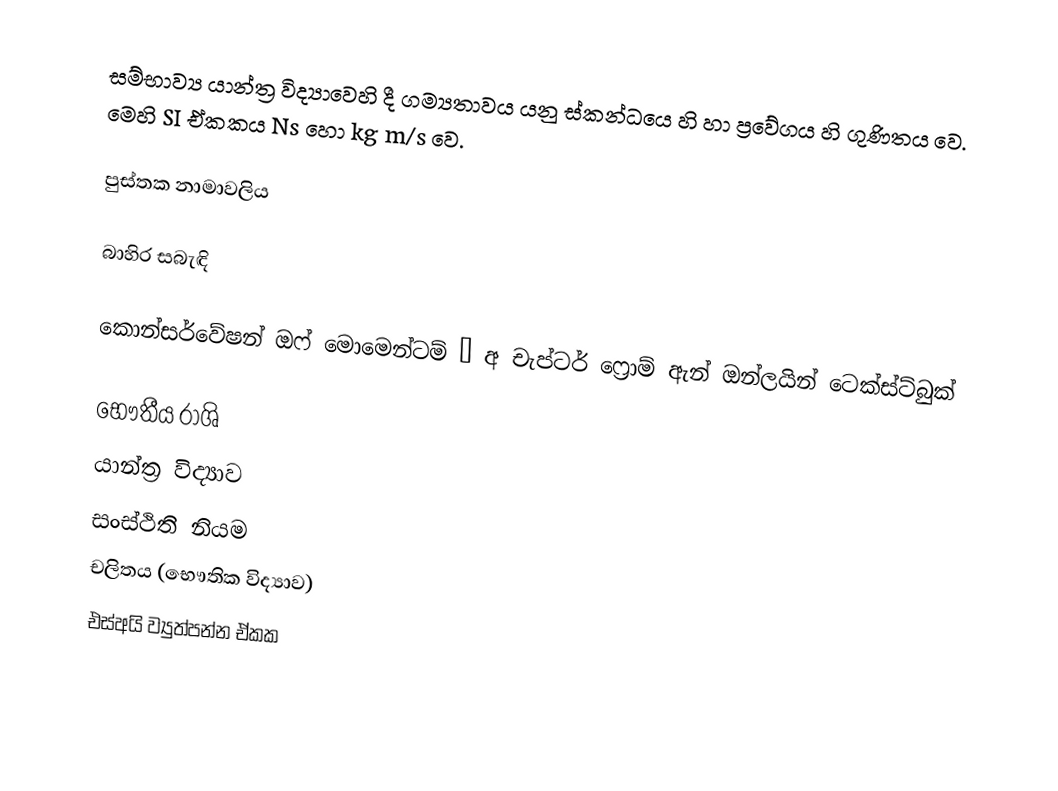
සම්භාව්‍ය යාන්ත්‍ර විද්‍යාවෙහි දී ගම්‍යතාවය යනු ස්කන්ධයෙ හි හා  ප්‍රවේගය හි ගුණිතය වෙ. මෙහි SI ඒකකය Ns හො kg m/s වෙ.

පුස්තක නාමාවලිය

බාහිර සබැඳි

 කොන්සර්වේෂන් ඔෆ් මොමෙන්ටම් – අ චැප්ටර් ෆ්‍රොම් ඇන් ඔන්ලයින් ටෙක්ස්ට්බුක්

භෞතීය රාශි
යාන්ත්‍ර විද්‍යාව
සංස්ථිති නියම
චලිතය (භෞතික විද්‍යාව)
එස්අයි ව්‍යුත්පන්න ඒකක